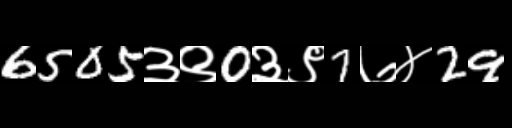
Text: 6505३९0३९7७४29